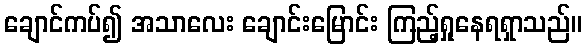
ချောင်ကပ်၍ အသာလေး ချောင်းမြောင်း ကြည့်ရှုနေရရှာသည်။